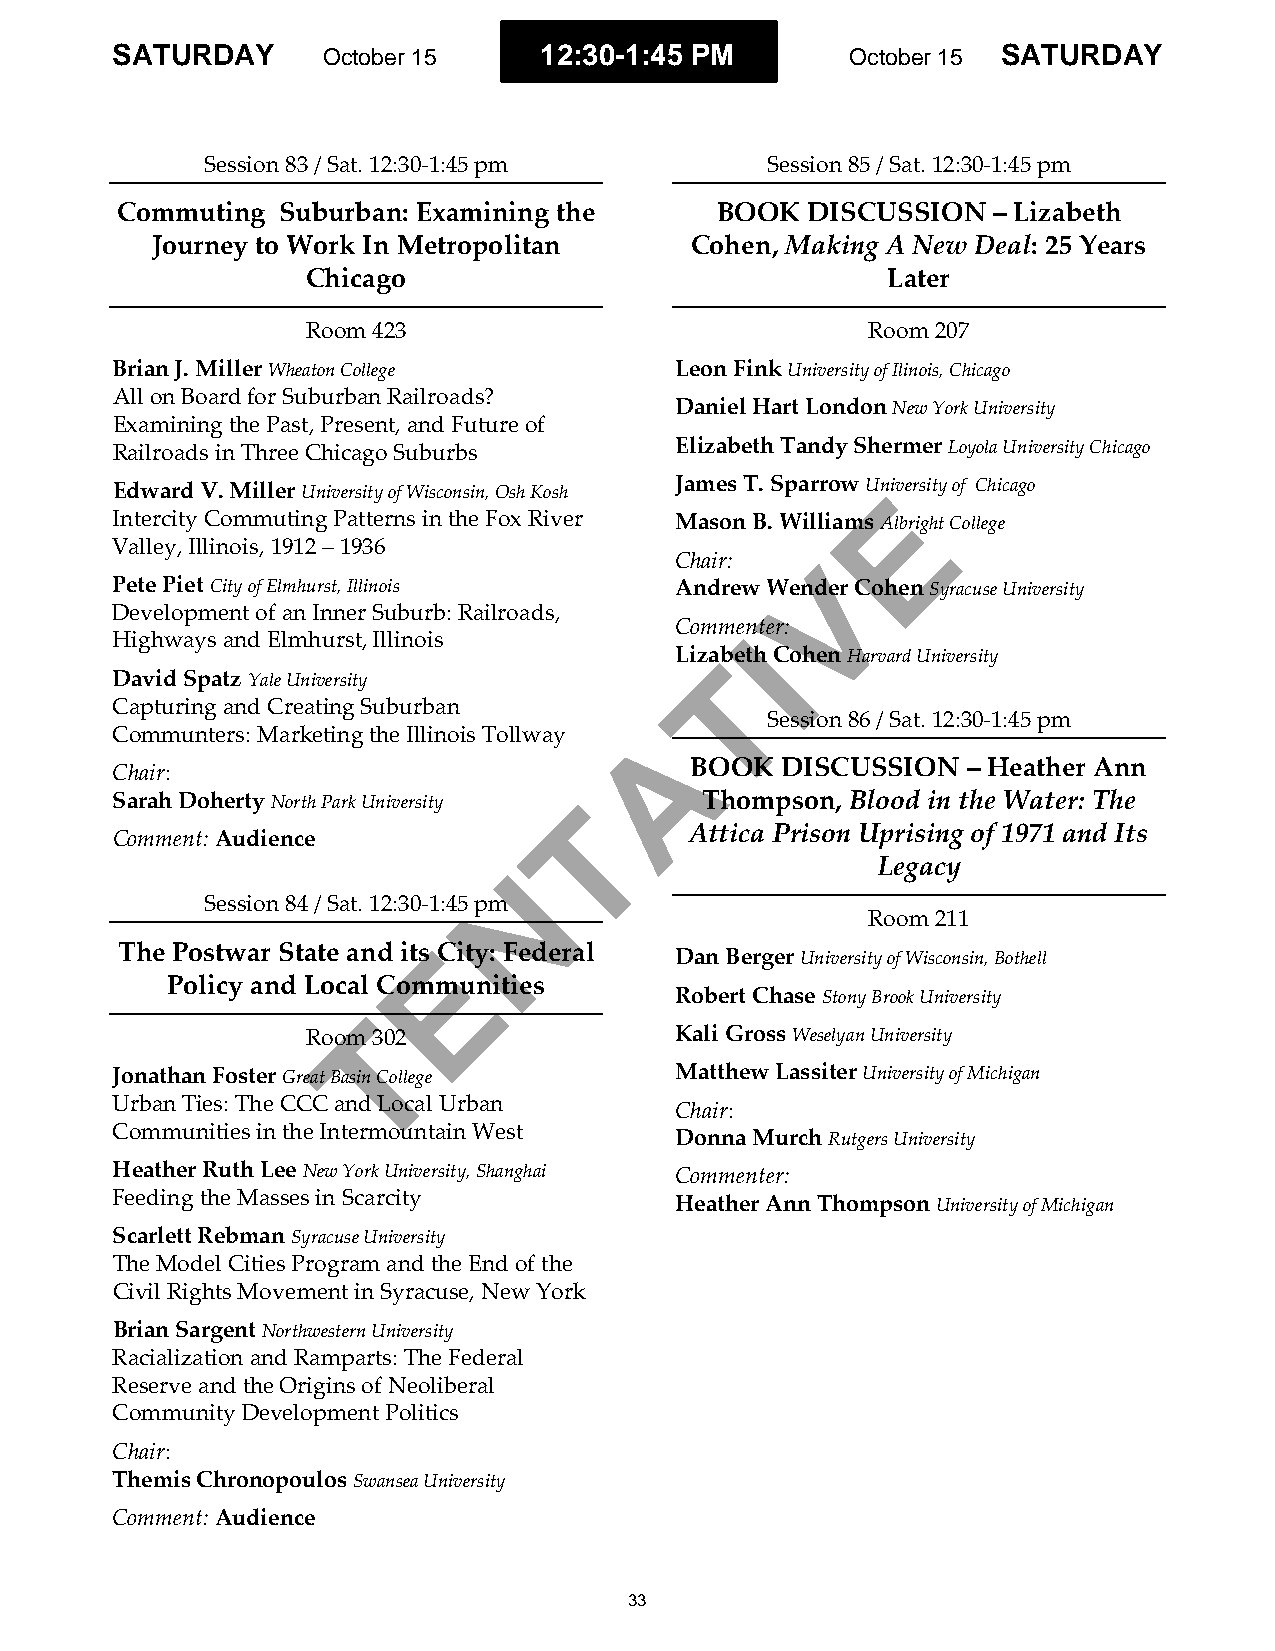
SATURDAY      October 15     12:30-1:45 PM       October 15 SATURDAY
 Session 83 / Sat. 12:30-1:45 pm      Session 85 / Sat. 12:30-1:45 pm
 Commuting Suburban: Examining the      BOOK  DISCUSSION   – Lizabeth
 Journey to Work In Metropolitan     Cohen, Making A New Deal: 25 Years
 Chicago                                Later
 Room 423                             Room 207
 Brian J. Miller Wheaton College       Leon Fink University of Ilinois, Chicago
 All on Board for Suburban Railroads?
 Daniel Hart London New York University
 Examining the Past, Present, and Future of
 Railroads in Three Chicago Suburbs    Elizabeth Tandy Shermer Loyola University Chicago
 Edward V. Miller University of Wisconsin, Osh Kosh James T. Sparrow UnEiversity of Chicago
 Intercity Commuting Patterns in the Fox River Mason B. Williams Albright College
 Valley, Illinois, 1912 – 1936
 Chair:   V
 Pete Piet City of Elmhurst, Illinois  Andrew Wender Cohen Syracuse University
 Development of an Inner Suburb: Railroads,
 Commenter:
 I
 Highways and Elmhurst, Illinois
 Liza Tbeth Cohen Harvard University
 David Spatz Yale University
 Capturing and Creating Suburban
 Session 86 / Sat. 12:30-1:45 pm
 A
 Communters: Marketing the Illinois Tollway
 BOOK  DISCUSSION  – Heather Ann
 Chair:
 Sarah Doherty North Park University T  Thompson, Blood in the Water: The
 Attica Prison Uprising of 1971 and Its
 Comment: Audience
 N                       Legacy
 Session 84 / Sat. 12:30-1:45 pm
 Room 211
 The Postwar State and its ECity: Federal
 Dan Berger University of Wisconsin, Bothell
 Policy and Local Communities
 Robert Chase Stony Brook University
 T
 Room 302                 Kali Gross Weselyan University
 Jonathan Foster Great Basin College   Matthew Lassiter University of Michigan
 Urban Ties: The CCC and Local Urban
 Chair:
 Communities in the Intermountain West
 Donna Murch Rutgers University
 Heather Ruth Lee New York University, Shanghai Commenter:
 Feeding the Masses in Scarcity
 Heather Ann Thompson University of Michigan
 Scarlett Rebman Syracuse University
 The Model Cities Program and the End of the
 Civil Rights Movement in Syracuse, New York
 Brian Sargent Northwestern University
 Racialization and Ramparts: The Federal
 Reserve and the Origins of Neoliberal
 Community Development Politics
 Chair:
 Themis Chronopoulos Swansea University
 Comment: Audience
 33